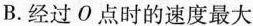
B.经过O点时的速度最大